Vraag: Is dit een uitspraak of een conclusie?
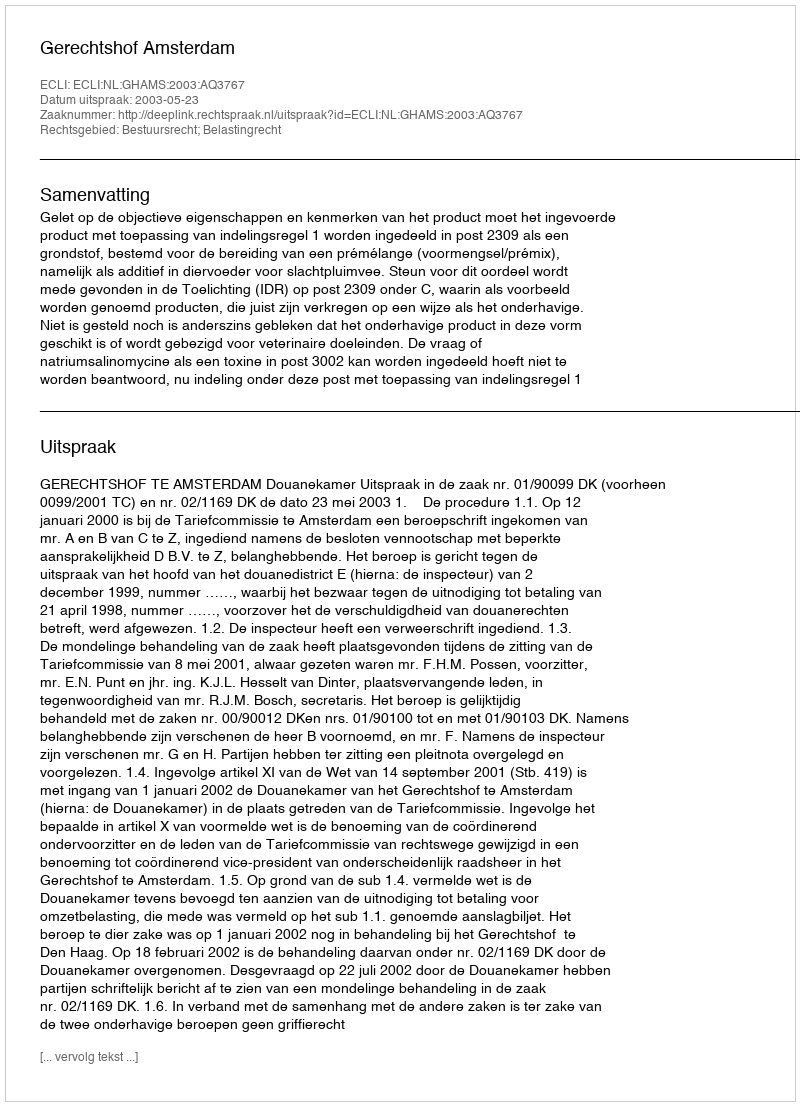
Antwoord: Uitspraak